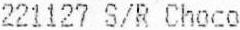
221127 S/R CHOCO